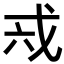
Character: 𢦥